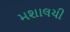
મશાલચી